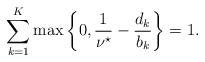
LaTeX: \begin{align*}\sum \limits_{k=1}^K \max \left\{0, \frac{1}{\nu^{\star}} - \frac{d_k}{b_k} \right\} = 1. \end{align*}